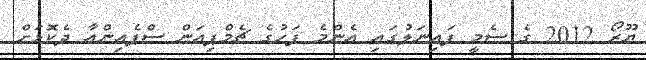
ޔޫރޯ 2012 ގެ ސެމީ ފައިނަލުގައި އެންމެ ފަހުގެ ޗެމްޕިއަން ސްޕެއިންއާ ދެކޮޅަށް